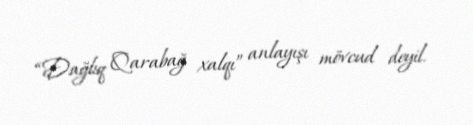
“Dağlıq Qarabağ xalqı” anlayışı mövcud deyil.